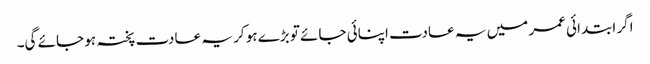
اگر ابتدائی عمر میں یہ عادت اپنائی جائے تو بڑے ہو کر یہ عادت پختہ ہو جائے گی۔